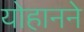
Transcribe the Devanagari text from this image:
योहानने